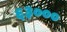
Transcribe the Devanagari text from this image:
६३०००